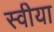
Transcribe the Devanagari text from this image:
स्वीया